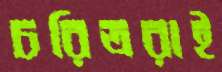
চরিত্ররাই